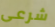
شرعى